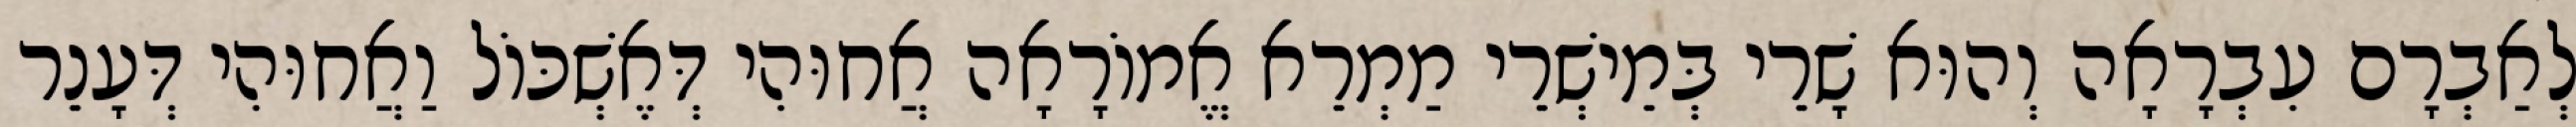
לְאַבְרָם עִבְרָאָה וְהוּא שָׁרֵי בְּמֵישְׁרֵי מַמְרֵא אֱמוֹרָאָה אֲחוּהִי דְּאֶשְׁכּוֹל וַאֲחוּהִי דְּעָנֵר